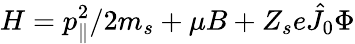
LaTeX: H=p_{\parallel}^{2}/2m_{s}+\mu B+Z_{s}e\hat{J}_{0}{\Phi}